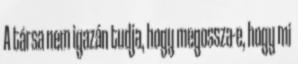
A társa nem igazán tudja, hogy megossza-e, hogy mi